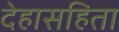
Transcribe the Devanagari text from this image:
देहासहिता